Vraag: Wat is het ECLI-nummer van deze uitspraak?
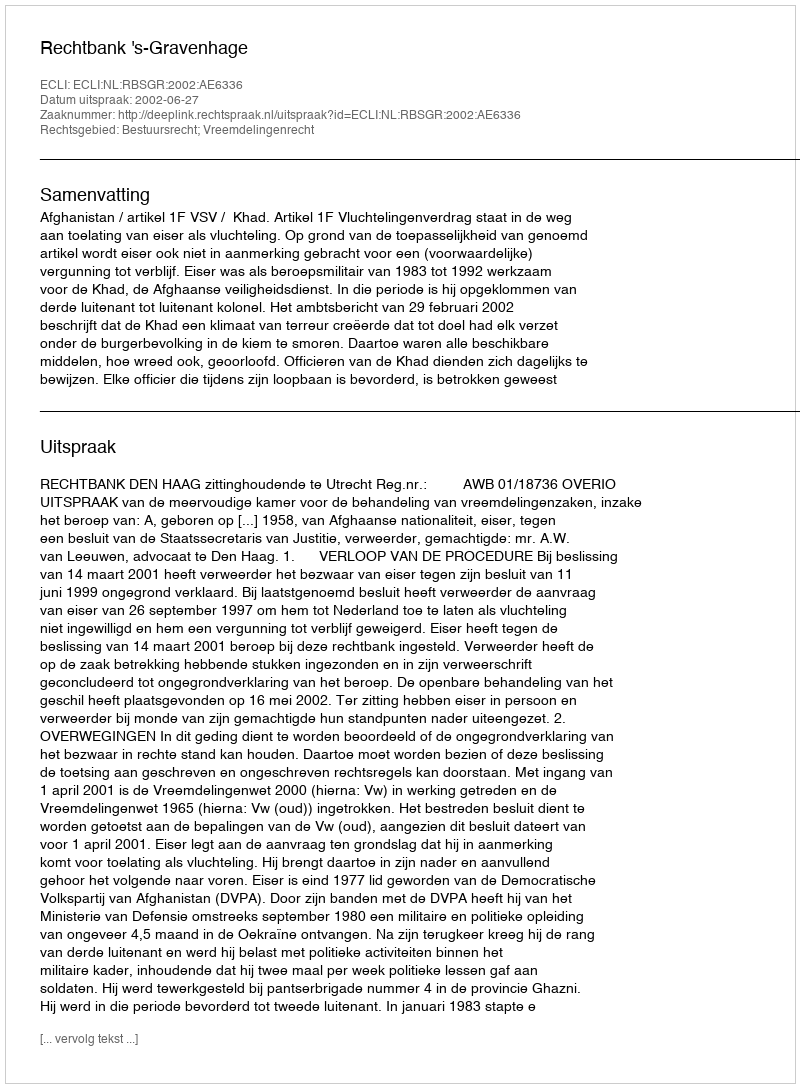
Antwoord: ECLI:NL:RBSGR:2002:AE6336